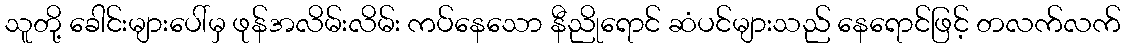
သူတို့ ခေါင်းများပေါ်မှ ဖုန်အလိမ်းလိမ်း ကပ်နေသော နီညိုရောင် ဆံပင်များသည် နေရောင်ဖြင့် တလက်လက်